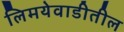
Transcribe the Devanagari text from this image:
लिमयेवाडीतील